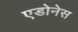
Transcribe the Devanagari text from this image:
एडोनेस